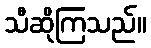
သီဆိုကြသည်။